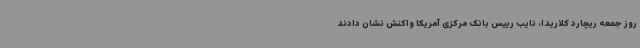
روز جمعه ریچارد کلاریدا، نایب رییس بانک مرکزی آمریکا واکنش نشان دادند